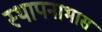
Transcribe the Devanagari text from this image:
स्थापनाभास